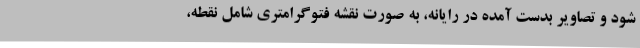
شود و تصاویر بدست آمده در رایانه، به صورت نقشه فتوگرامتری شامل نقطه،